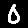
Digit: 0